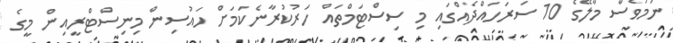
ނަމަވެސް މާލޭގެ 10 ސަރަހައްދެއްގައި މި ސިސްޓަމްތައް ހަރުކުރާނެކަމަށް ހައުސިން މިނިސްޓްރީއިން މީގެ